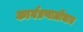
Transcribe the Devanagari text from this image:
कार्यप्रणालीचाच